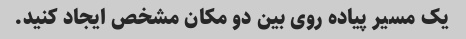
یک مسیر پیاده روی بین دو مکان مشخص ایجاد کنید.